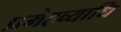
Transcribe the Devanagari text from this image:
प्रमेहव्याधि